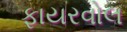
ફાયરવોલ